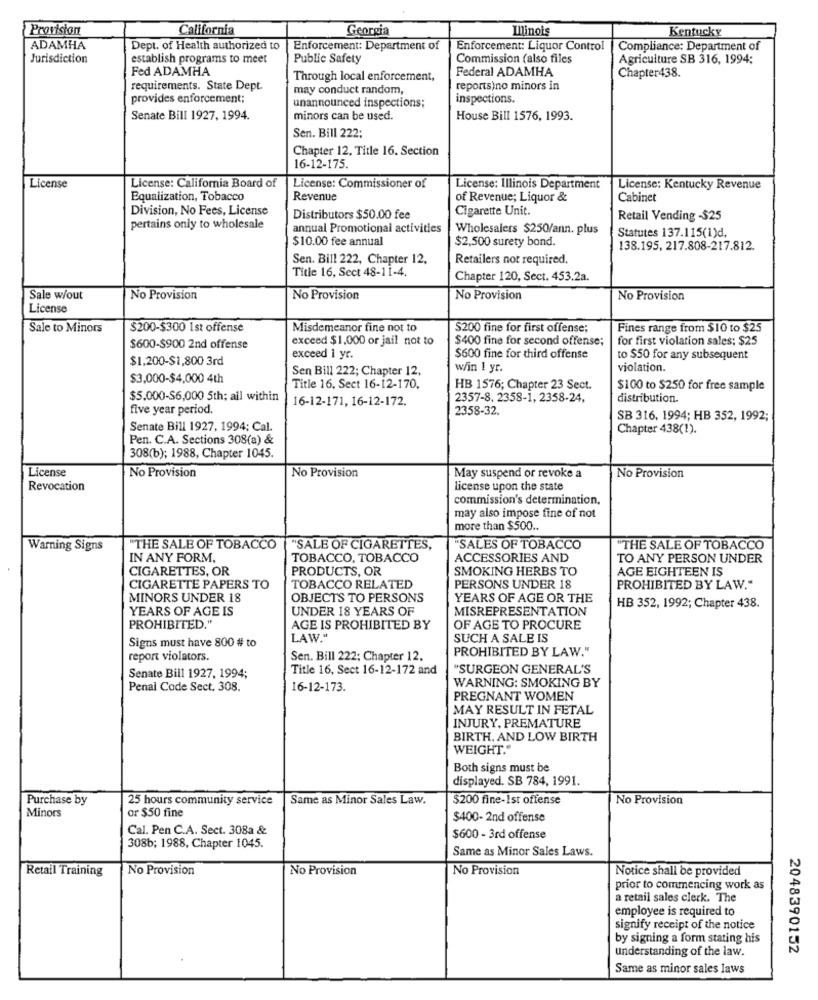
Provision
California
Georgia
Illinois
Kentucky
ADAMHA
Dept. of Health authorized to
Enforcement: Department of
Enforcement: Liquor Control
Compliance: Department of
Jurisdiction
establish programs to meet
Public Safety
Commission (also files
Agriculture SB 316, 1994;
Fed ADAMHA
Federal ADAMHA
Through local enforcement,
Chapter438
requirements. State Dept.
may conduct random,
reports)no minors in
provides enforcement;
inspections.
unannounced inspections;
Senate Bill 1927, 1994.
minors can be used.
House Bill 1576, 1993.
Sen. Bill 222;
Chapter 12, Title 16. Section
16-12-175.
License
License: California Board of
License: Commissioner of
License: Illinois Department
License: Kentucky Revenue
Equalization, Tobacco
Revenue
of Revenue; Liquor &
Cabinet
Division, No Fees, License
Cigarette Unit.
Distributors $50.00 fee
Retail Vending -$25
pertains only to wholesale
annual Promotional activities
Wholesalers $250/ann. plus
$10.00 fee annual
$2,500 surety bond.
Statutes 137.115(1)d,
138.195, 217.808-217.812.
Sen. Bill 222, Chapter 12,
Retailers not required.
Title 16, Sect 48-11-4.
Chapter 120, Sect. 453.2a.
Sale w/out
No Provision
No Provision
No Provision
No Provision
License
Sale to Minors
$200-$300 Ist offense
Misdemeanor fine not to
$200 fine for first offense;
Fines range from $10 to $25
exceed $1,000 or jail not to
$400 fine for second offense;
for first violation sales; $25
$600-$900 2nd offense
$1,200-$1,800 3rd
exceed 1 yr.
$600 fine for third offense
to $50 for any subsequent
Sen Bill 222; Chapter 12.
w/in I yr.
violation.
$3,000-$4,000 4th
Title 16, Sect 16-12-170,
HB 1576; Chapter 23 Sect.
$100 to $250 for free sample
$5,000-S6,000 5th; all within
16-12-171, 16-12-172.
2357-8, 2358-1, 2358-24,
distribution
five year period.
2358-32.
SB 316, 1994; HB 352, 1992;
Senate Bill 1927, 1994; Cal.
Chapter 438(1).
Pen. C.A. Sections 308(a) &
308(b); 1988, Chapter 1045.
No Provision
No Provision
License
May suspend or revoke a
No Provision
Revocation
license upon the state
commission's determination.
may also impose fine of not
more than $500 ..
Warning Signs
"THE SALE OF TOBACCO
"SALE OF CIGARETTES,
"SALES OF TOBACCO
"THE SALE OF TOBACCO
IN ANY FORM,
TOBACCO, TOBACCO
ACCESSORIES AND
TO ANY PERSON UNDER
CIGARETTES, OR
PRODUCTS, OR
SMOKING HERBS TO
AGE EIGHTEEN IS
CIGARETTE PAPERS TO
TOBACCO RELATED
PERSONS UNDER 18
PROHIBITED BY LAW."
MINORS UNDER 18
OBJECTS TO PERSONS
YEARS OF AGE OR THE
YEARS OF AGE IS
UNDER 18 YEARS OF
MISREPRESENTATION
HB 352, 1992; Chapter 438.
PROHIBITED."
AGE IS PROHIBITED BY
OF AGE TO PROCURE
Signs must have 800 # to
LAW."
SUCH A SALE IS
PROHIBITED BY LAW."
report violators
Sen. Bill 222; Chapter 12.
Title 16, Sect 16-12-172 and
"SURGEON GENERAL'S
Senate Bill 1927, 1994;
Penal Code Sect. 308.
16-12-173.
WARNING: SMOKING BY
PREGNANT WOMEN
MAY RESULT IN FETAL
INJURY, PREMATURE
BIRTH. AND LOW BIRTH
WEIGHT."
Both signs must be
displayed. SB 784, 1991.
Purchase by
25 hours community service
Same as Minor Sales Law.
$200 fine-Ist offense
No Provision
Minors
or $50 fine
$400- 2nd offense
Cal. Pen C.A. Sect. 308a &
$600 - 3rd offense
308b; 1988, Chapter 1045.
Same as Minor Sales Laws.
Retail Training
No Provision
No Provision
No Provision
Notice shall be provided
prior to commencing work as
a retail sales clerk. The
employee is required to
signify receipt of the notice
by signing a form stating his
understanding of the law.
2048390152
Same as minor sales laws